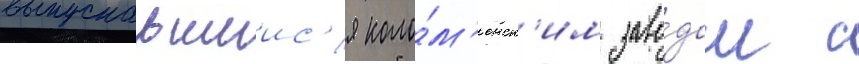
выпускавшиис'я коло́м'енск'им заво́дом с